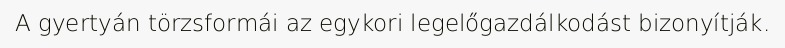
A gyertyán törzsformái az egykori legelőgazdálkodást bizonyítják.